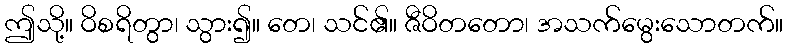
ဤသို့။ ဝိစရိတွာ၊ သွား၍။ တေ၊ သင်၏။ ဇီဝိတတော၊ အသက်မွေးသောတက်။